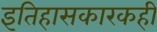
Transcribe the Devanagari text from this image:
इतिहासकारकही